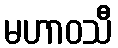
မဟာဝသီ